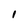
Character: 1